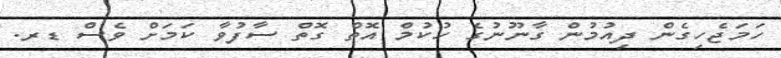
ހަމަޖެހިގެން ދިއުމުން ގާނޫނުގެ ހުކުމް އޮތް ގޮތް ސާފުވާ ކަމަށް ވެސް ޑރ.